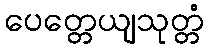
ပေတ္တေယျသုတ္တံ